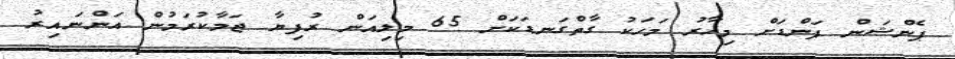
ޕެންޝަން ފަންޑަށް މިހާރު މަހަކު ގާތްގަނޑަކަށް 65 މިލިއަން ރުފިޔާ ޖަމާކުރަމުން އަންނައިރު